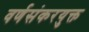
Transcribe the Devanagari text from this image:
वर्णसंकरयुक्त